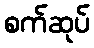
စက်ဆုပ်